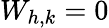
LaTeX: W_{h,k}=0